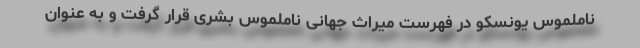
ناملموس یونسکو در فهرست میراث جهانی ناملموس بشری قرار گرفت و به عنوان